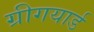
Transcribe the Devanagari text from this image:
ग्रीगयार्ड